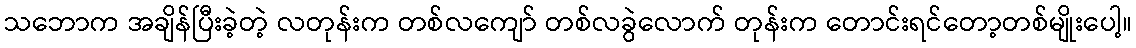
သဘောက အချိန်ပြီးခဲ့တဲ့ လတုန်းက တစ်လကျော် တစ်လခွဲလောက် တုန်းက တောင်းရင်တော့တစ်မျိုးပေါ့။